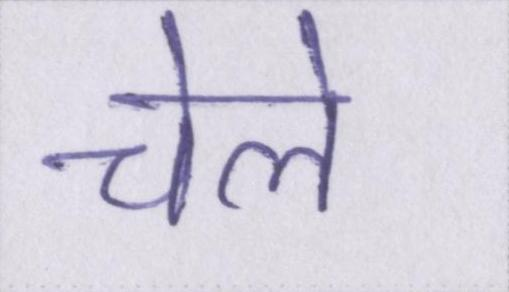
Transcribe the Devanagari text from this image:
चेले